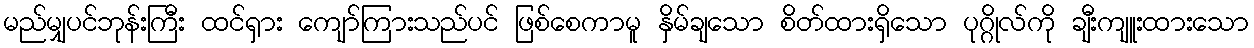
မည်မျှပင်ဘုန်းကြီး ထင်ရှား ကျော်ကြားသည်ပင် ဖြစ်စေကာမူ နှိမ်ချသော စိတ်ထားရှိသော ပုဂ္ဂိုလ်ကို ချီးကျူးထားသော